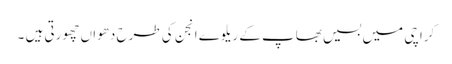
کراچی میں بسیں بھاپ کے ریلوے انجن کی طرح دھواں چھورتی ہیں ۔